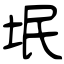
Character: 垊